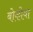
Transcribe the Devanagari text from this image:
बोकोवा